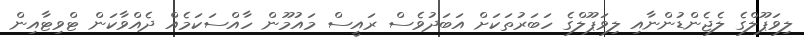
ލިވަޕޫލްގެ ލެޖެންޑުންނާއި ލިވަޕޫލްގެ ހަބަރުތަކަށް އަބަދުވެސް ރައީސް މައުމޫން ހާއްސަކަމެއް ދެއްވާކަން ޓްވިޓާއިން